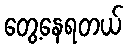
တွေ့နေရတယ်